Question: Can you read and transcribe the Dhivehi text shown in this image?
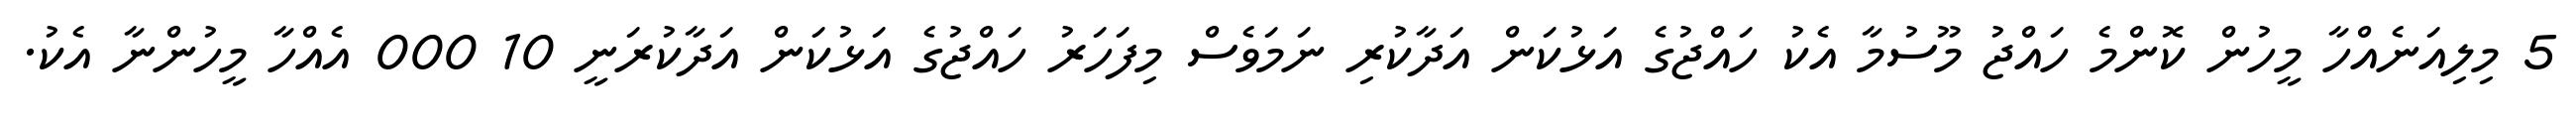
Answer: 5 މިލިއަނެއްހާ މީހުން ކޮންމެ ހައްޖު މޫސުމާ އެކު ހައްޖުގެ އަޅުކަން އަދާކުރި ނަމަވެސް މިފަހަރު ހައްޖުގެ އަޅުކަން އަދާކުރަނީ 10 000 އެއްހާ މީހުންނާ އެކު.